Annual statistical returns and brief notes on vaccination in Bengal - 1887-1898
Year: 1887
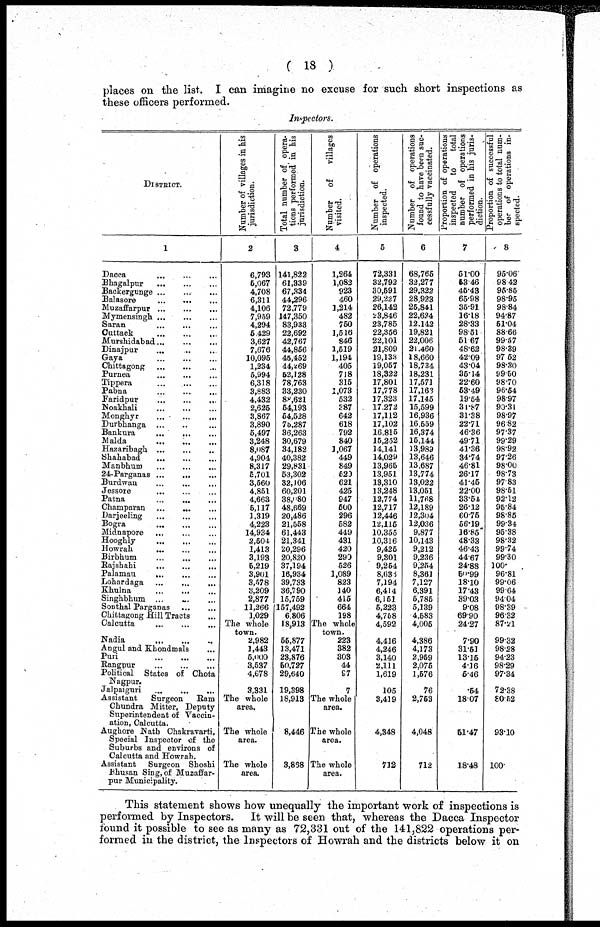
( 18 )
places on the list. I can imagine no excuse for such short inspections as
these officers performed.
Inspectors.
DISTRICT.
1
Dacca
...
...
...
Bhagalpur
...
...
...
Backergunge ...
...
...
Balasore ... ... ...
Muzaffarpur
...
...
...
Mymensingh
...
...
...
Saran
...
...
...
Cuttack
...
...
...
Murshidabad
...
...
...
Dinajpur
...
...
...
Gaya
...
...
...
Chittagong
...
...
...
Purnea
...
...
...
Tippera
...
...
...
Pabna
...
...
...
Faridpur
...
...
...
Noakhali
...
...
...
Monghyr
...
...
...
Durbhanga ... ... ...
Bankura
...
...
...
Malda
...
...
...
Hazaribagh
...
...
...
Shahabad
...
...
...
Manbhum
...
...
...
24-Parganas ... ... ...
Burdwan
...
...
...
Jessore ... ... ...
Patna
...
... ...
Champaran
...
...
...
Darjeeling
...
...
...
Bogra
...
...
...
Midnapore
...
...
...
Hooghly
...
...
...
Howrah
...
...
...
Birbhum
...
...
...
Rajshahi
...
...
...
Palamau
...
...
...
Lohardaga
...
...
...
Khulna
...
...
...
Singhbhum ... ... ...
Sonthal Parganas
...
...
Chittagong Hill Tracts ...
Calcutta
...
...
...
Nadia
...
...
...
Angul and Khondmals ...
Puri
...
...
...
Rangpur
...
...
...
Political States of Chota
Nagpur.
Jalpaiguri
...
...
...
Assistant
Surgeon
Ram
Chundra Mitter, Deputy
Superintendent of Vaccin-
ation, Calcutta.
Aughore Nath Chakravarti,
Special Inspector of the
Suburbs and environs of
Calcutta and Howrah.
Assistant Surgeon Shoshi
Bhusan Sing, of Muzaffar-
pur Municipality.
Number of villages in his
jurisdiction.
2
6,793
5,067
4,708
6,311
4,106
7,959
4,294
5,429
3,627
7,676
10,095
1,234
5,994
6,318
3,883
4,432
2,625
3,867
3,890
5,497
3,248
8,087
4,904
8,317
5,701
3,560
4,851
4,663
5,117
1,319
4,223
14,934
2,504
1,413
3,193
5,219
3,901
3,578
3,209
2,877
11,266
1,029
The whole
town.
2,982
1,443
5,000
3,537
4,678
3,331
The whole
area.
The whole
area.
The whole
area.
Total number of, opera-
tions performed in his
jurisdiction.
3
141,822
61,339
67,334
44,296
72,779
147,350
83,933
22,692
42,767
44,856
45,452
44,269
52,128
78,763
33,230
88,621
54,193
54,528
75,287
36,263
30,679
34,182
40,382
29,831
53,302
32,106
60,201
38,080
48,669
20,486
21,558
61,443
21,341
20,296
20,820
37,194
16,934
39,733
36,790
15,759
157,492
6,806
18,913
55,877
13,471
23,876
50,727
29,640
19,398
18,913
8,446
3,868
Number of
villages
visited.
4
1,264
1,082
923
460
1,214
482
750
1,516
846
1,519
1,194
405
718
315
1,073
532
387
642
618
792
840
1,067
449
849
520
621
425
947
500
296
582
449
431
420
290
526
1,089
823
140
415
664
198
The whole
town.
223
382
303
44
97
7
The whole
area.
The whole
area.
The whole
area.
Number of operations
inspected.
5
72,331
32,792
30,591
29,227
26,142
23,846
23,785
22,356
22,101
21,809
19,133
19,057
18,322
17,801
17,778
17,323
17,272
17,112
17,102
16,815
15,252
14,141
14,029
13,965
13,951
13,310
13,248
12,774
12,717
12,446
12,115
10,355
10,316
9,425
9,301
9,254
8,636
7,194
6,414
6,151
5,223
4,758
4,592
4,416
4,246
3,140
2,111
1,619
105
3,419
4,348
712
Number of operations
found to have been suc-
cessfully vaccinated.
6
68,765
32,277
29,322
28,923
25,841
22,624
12,142
19,821
22,006
21,460
18,660
18,734
18,231
17,571
17,163
17,145
15,599
16,936
16,559
16,374
15,144
13,989
13,646
13,687
13,774
13,022
13,051
11,768
12,189
12,304
12,036
9,877
10,143
9,212
9,236
9,254
8,361
7,127
6,391
5,785
5,139
4,583
4,005
4,386
4,173
2,959
2,075
1,576
76
2,753
4,048
712
Proportion of operations
inspected
to
total
number of operations
performed in his juris-
diction.
7
51.00
53.46
46.43
65.98
35.91
16.18
28.33
98.51
51.67
48.62
42.09
43.04
35.14
22.60
53.49
19.54
31.87
31.38
22.71
46.36
49.71
41.36
34.74
46.81
26.17
41.45
22.00
33.54
26.12
60.75
56.19
16.85
48.33
46.43
44.67
24.88
50.99
18.10
17.43
39.03
9.08
69.90
24.27
7.90
31.51
13.15
4.16
5.46
.54
18.07
51.47
18.48
Proportion of successful
operations to total num-
ber of operations in-
spected.
8
95.06
98.42
95.85
98.95
98.84
94.87
51.04
88.66
99.57
98.39
97.52
98.30
99.50
98.70
96.54
98.97
90.31
98.97
96.82
97.37
99.29
98.92
97.26
98.00
98.73
97.83
98.51
92.12
95.84
98.85
99.34
95.38
98.32
99.74
99.30
100.
96.81
99.06
99.64
94.04
98.39
96.32
87.21
99.32
98.28
94.23
98.29
97.34
72.38
80.52
93.10
100.
This statement shows how unequally the important work of inspections is
performed by Inspectors. It will be seen that, whereas the Dacca Inspector
found it possible to see as many as 72,331 out of the 141,822 operations per-
formed in the district, the Inspectors of Howrah and the districts below it on